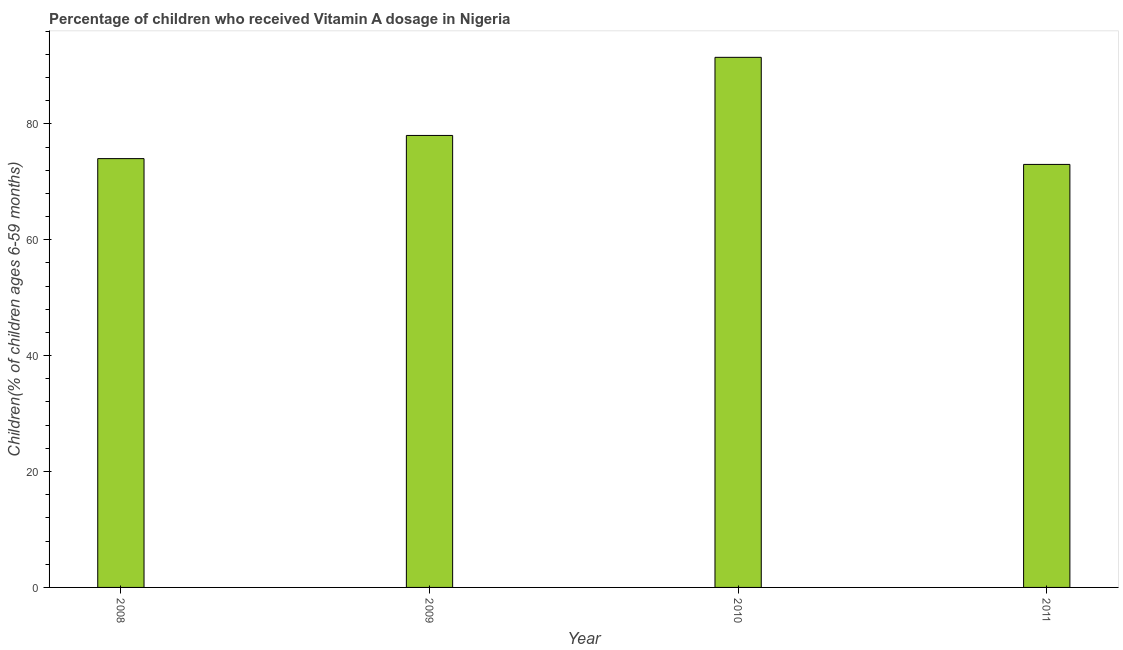
| Year | Vitamin A supplementation coverage rate  |
 | --- | --- |
 | 2008 | 74 |
 | 2009 | 78 |
 | 2010 | 91.5 |
 | 2011 | 73 |